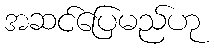
အဆင်ပြေမည်ဟု